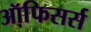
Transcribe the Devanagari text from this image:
ऑफि़सर्स